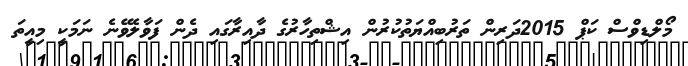
މޯލްޑިވްސް ކަޕް 2015ދަރިން ތަރުބިއްޔަތުކުރުން އިޝްތިހާރުގެ ދާއިރާގައި ދެން ފަވާލެވޭނެ ނަމަކީ މިއީތަ